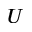
U